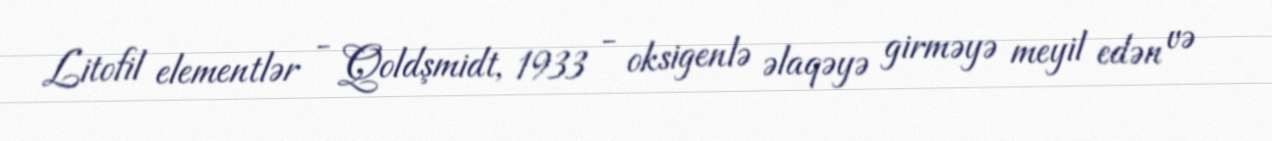
Litofil elementlər - Qoldşmidt, 1933 - oksigenlə əlaqəyə girməyə meyil edən və